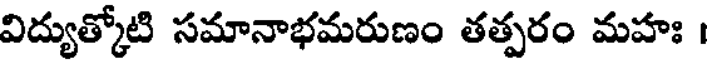
విద్యుత్కోటి సమానాభమరుణం తత్పరం మహః ।